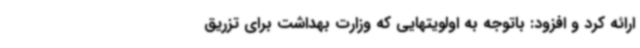
ارائه کرد و افزود: باتوجه به اولویتهایی که وزارت بهداشت برای تزریق